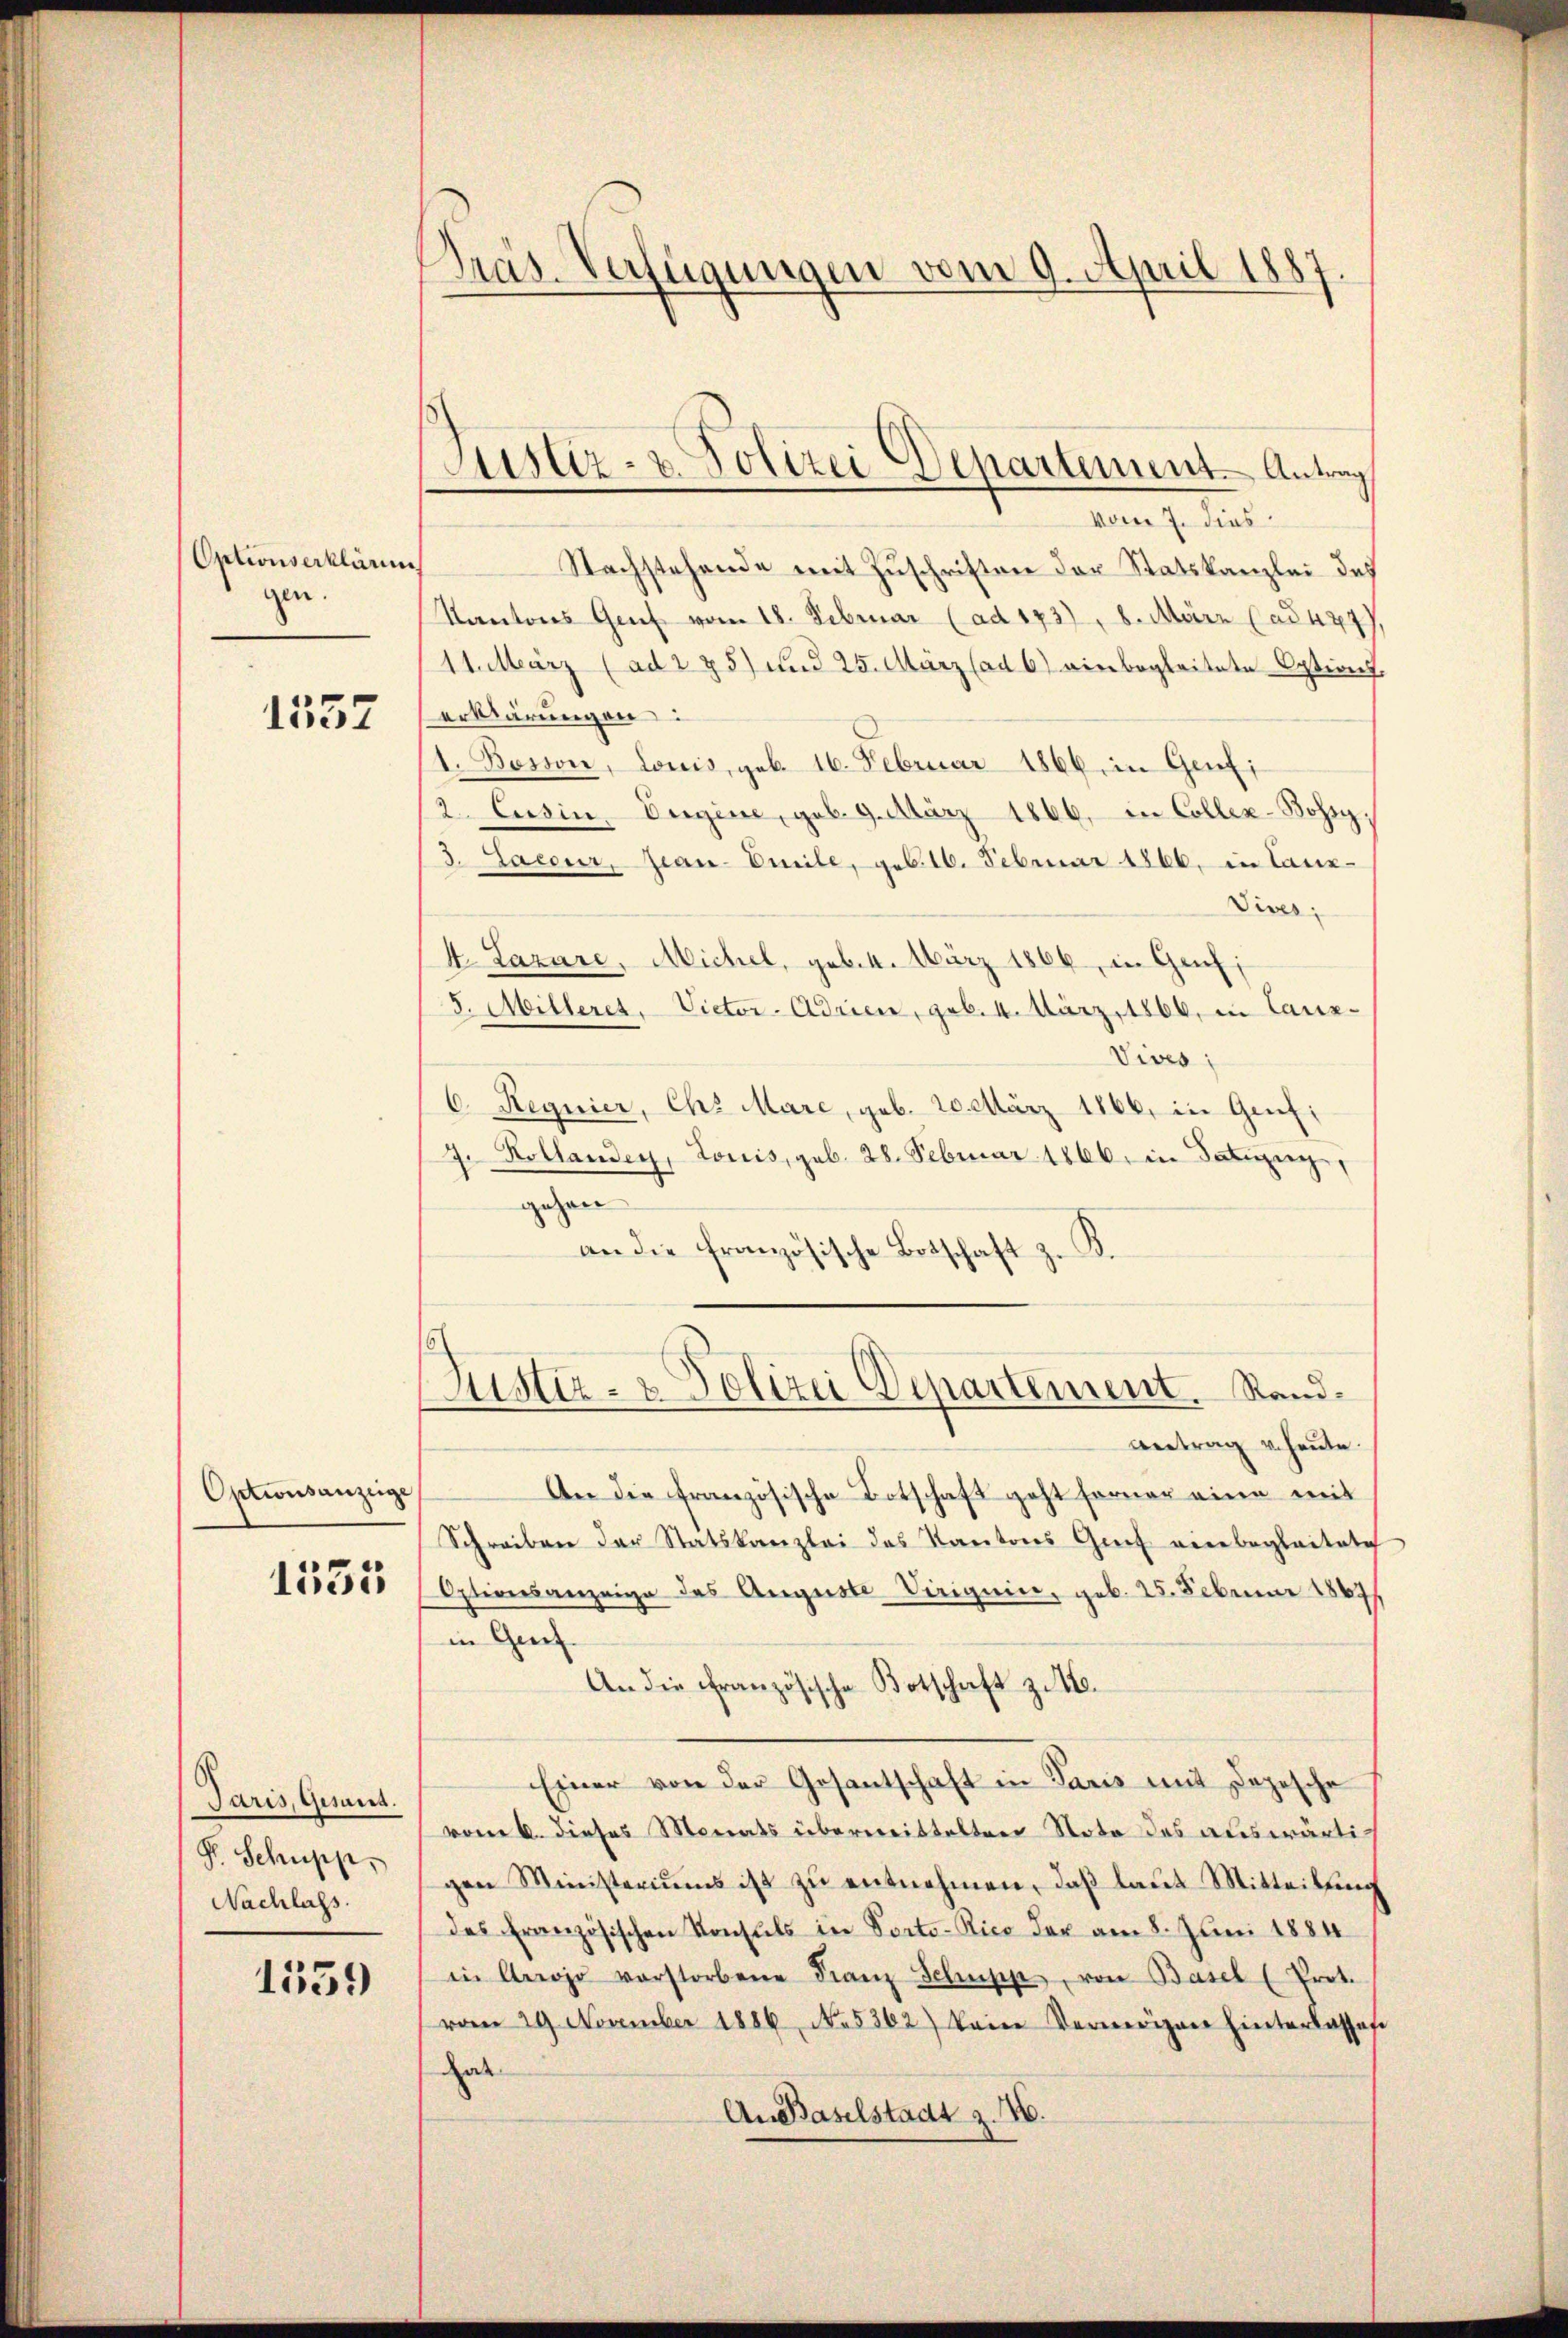
Optionserklären
gen.

1557

Optionsanzeige
1555

Paris, Gesant.
P. Schupp
Nachlass.

1559

Pras. Verfügungen vom 9. April 1887.

Justiz- & Polizei Departement. Antrag

vom 7. dies
Nachstehende mit Zuschriften der Statskanzlei des
Kantons Genf vom 18. Februar (ad 173), 8. März (ad 447,
11. März (ad 275) und 25. März (ad 6) einbegleitete Options
erklärungen:
1. Bosson, Louis, geb. 16. Februar 1866 in Genfi
/2. Cusin, Eigene, geb. 9. März 1866, in Coller-Bohsy.
3. Jacour, Jean-Enile, geb. 16. Februar 1866. in taux-
Diver
4. Lazare, Michel, geb. 4. März 1866, in Genf;
F. Milleret, Victor-Adrien, geb. 4. März, 1866, in Lanz-
Vives;
6. Regnier, Chs Mare, geb. 20. März 1866, in Genf;
J. Kollander, Louis, geb. 28. Februar 1866. in Satzung
gehen
.
an die französische Botschaft z.
Justiz- & Polizei Departement. Sand¬
Antrag v. heute.
An die französische Botschaft geht ferner eine mit
Schreiben der Statskanzlei des Kantons Genf einbegleitete
Optionsanzeige des Auguste Viriguin, geb. 25. Februar 1889/
in Greif.
An die Französische Botschaft zu 10.
Einer von der Gesantschaft in Paris mit Depesche
vom 6. dieses Monats übermittelten Nota des auswärtig
gen Ministeriums ist zŭ entnehmen, daß laut Mitteilung
des Französischen Konsuls in Porto-Rico der am 8. Juni 1884
in Arrojo vorstorbene Franz Schupp, von Basel (Prot.
vom 29. November 1886. No 5362) kein Vermögen hinterlasses
at
An Baselstadt z. B.